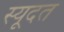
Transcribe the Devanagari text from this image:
स्यूदत